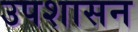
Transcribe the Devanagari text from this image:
उपशासन